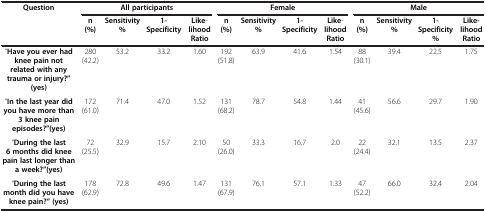
<table><thead><tr><td rowspan="2"><b>Question</b></td><td colspan="4"><b>All participants</b></td><td colspan="4"><b>Female</b></td><td colspan="4"><b>Male</b></td></tr><tr><td><b>n (%)</b></td><td><b>Sensitivity%</b></td><td><b>1-Specificity</b></td><td><b>Like-lihood Ratio</b></td><td><b>n (%)</b></td><td><b>Sensitivity%</b></td><td><b>1-Specificity</b></td><td><b>Like-lihood Ratio</b></td><td><b>n (%)</b></td><td><b>Sensitivity%</b></td><td><b>1-Specificity%</b></td><td><b>Like-lihood Ratio</b></td></tr></thead><tbody><tr><td>“<b>Have you ever had knee pain not related with any trauma or injury?” (yes)</b></td><td>280 (42.2)</td><td>53.2</td><td>33.2</td><td>1.60</td><td>192 (51.8)</td><td>63.9</td><td>41.6</td><td>1.54</td><td>88 (30.1)</td><td>39.4</td><td>22.5</td><td>1.75</td></tr><tr><td>“<b>In the last year did you have more than 3 knee pain episodes?”(yes)</b></td><td>172 (61.0)</td><td>71.4</td><td>47.0</td><td>1.52</td><td>131 (68.2)</td><td>78.7</td><td>54.8</td><td>1.44</td><td>41 (45.6)</td><td>56.6</td><td>29.7</td><td>1.90</td></tr><tr><td>“<b>During the last 6 months did knee pain last longer than a week?”(yes)</b></td><td>72 (25.5)</td><td>32.9</td><td>15.7</td><td>2.10</td><td>50(26.0)</td><td>33.3</td><td>16.7</td><td>2.0</td><td>22(24.4)</td><td>32.1</td><td>13.5</td><td>2.37</td></tr><tr><td>“<b>During the last month did you have knee pain?” (yes)</b></td><td>178 (62.9)</td><td>72.8</td><td>49.6</td><td>1.47</td><td>131 (67.9)</td><td>76.1</td><td>57.1</td><td>1.33</td><td>47 (52.2)</td><td>66.0</td><td>32.4</td><td>2.04</td></tr></tbody></table>